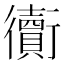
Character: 𧘅